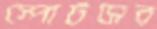
স্পোর্টসের